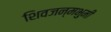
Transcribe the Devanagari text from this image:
शिवजन्मभुमी